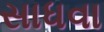
સાધવા